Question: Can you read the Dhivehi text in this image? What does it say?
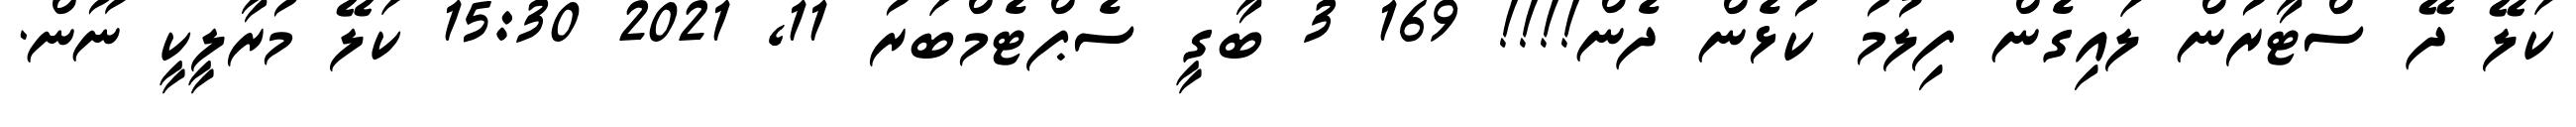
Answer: ކަލޭ ދޭ ސްޓާރުން ލައިގެން ފިލުމު ކުޅެން ދެން!!!! 169 3 ބާގީ ސެޕްޓެމްބަރު 11, 2021 15:30 ކަލޭ މުރާލީކީ ނޫން.